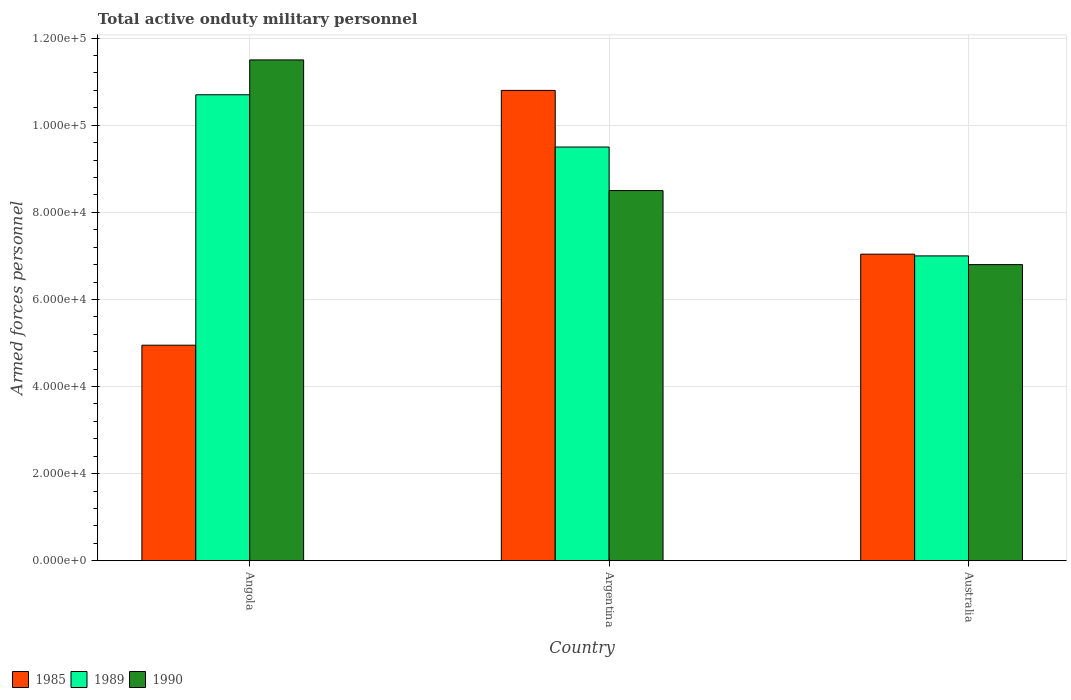
| Country | 1985 | 1989 | 1990 |
 | --- | --- | --- | --- |
 | Angola | 4.95e+04 | 1.07e+05 | 1.15e+05 |
 | Argentina | 1.08e+05 | 9.5e+04 | 8.5e+04 |
 | Australia | 7.04e+04 | 7e+04 | 6.8e+04 |